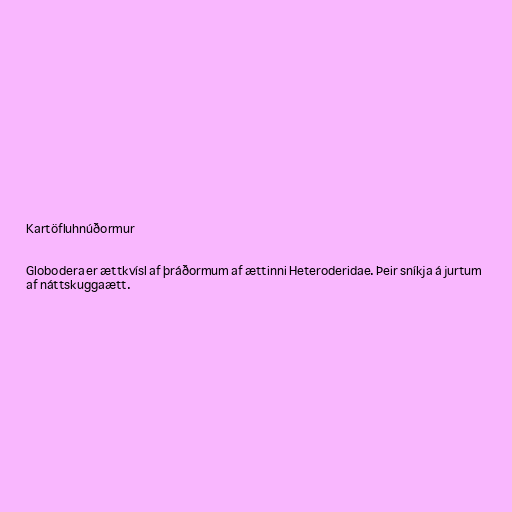
Kartöfluhnúðormur

Globodera er ættkvísl af þráðormum af ættinni Heteroderidae. Þeir sníkja á jurtum
af náttskuggaætt.